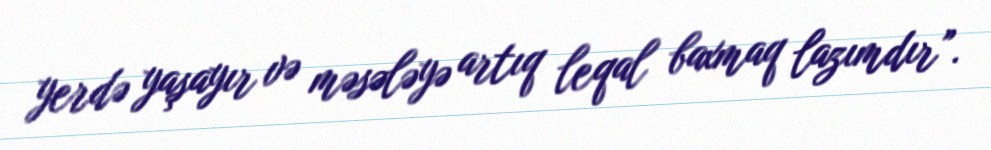
yerdə yaşayır və məsələyə artıq leqal baxmaq lazımdır”.